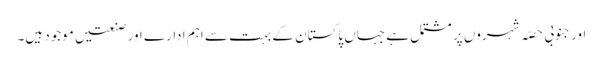
اور جنوبی حصّہ شہروں پر مشتمل ہے جہاں پاکستان کے بہت سے اہم ادارے اور صنعتیں موجود ہیں۔